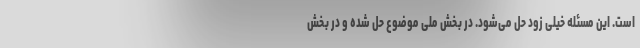
است. این مسئله خیلی زود حل می‌شود. در بخش ملی موضوع حل شده و در بخش